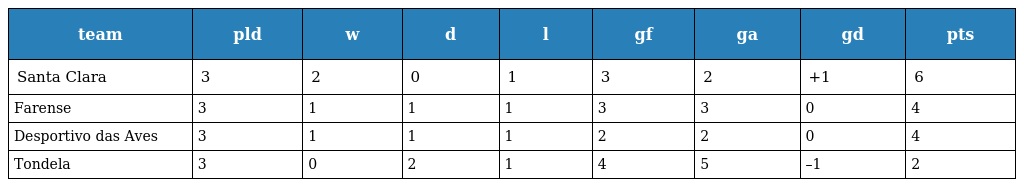
| team | pld | w | d | l | gf | ga | gd | pts |
 | --- | --- | --- | --- | --- | --- | --- | --- | --- |
 | Santa Clara | 3 | 2 | 0 | 1 | 3 | 2 | +1 | 6 |
 | Farense | 3 | 1 | 1 | 1 | 3 | 3 | 0 | 4 |
 | Desportivo das Aves | 3 | 1 | 1 | 1 | 2 | 2 | 0 | 4 |
 | Tondela | 3 | 0 | 2 | 1 | 4 | 5 | –1 | 2 |